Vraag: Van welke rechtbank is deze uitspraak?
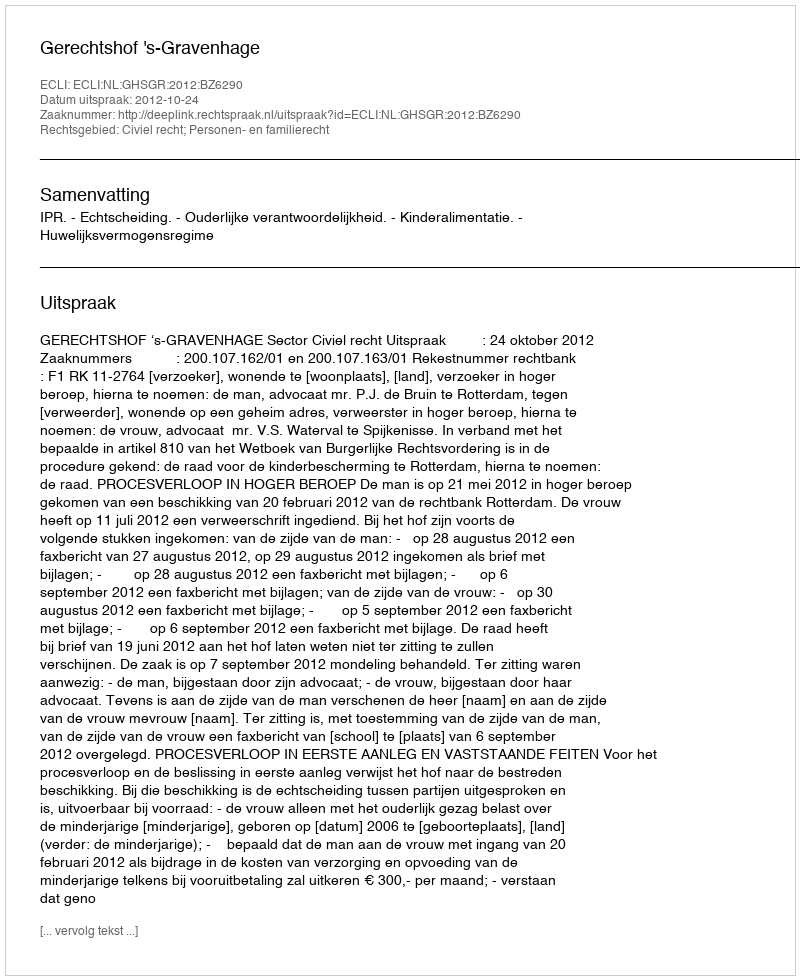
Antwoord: Gerechtshof 's-Gravenhage